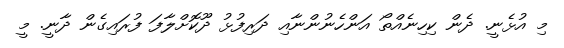
މި އުޅެނީ. ދެން ކިހިނެއްތޯ އަންހެނުންނާއި ދަރިފުޅު ދޫކޮށްލާފަ ފުރައިގެން ދާނީ. މީ